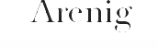
Arenig